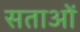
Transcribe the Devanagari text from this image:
सताओं